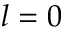
l = 0